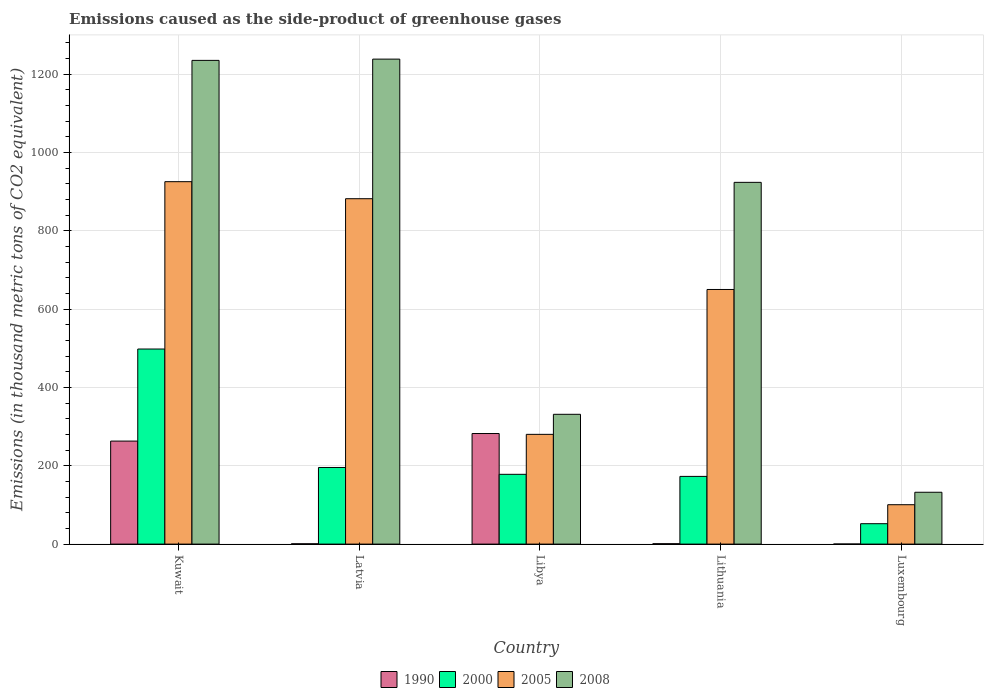
| Country | 1990 | 2000 | 2005 | 2008 |
 | --- | --- | --- | --- | --- |
 | Kuwait | 263 | 498 | 926 | 1.24e+03 |
 | Latvia | 0.8 | 196 | 882 | 1.24e+03 |
 | Libya | 282 | 178 | 280 | 332 |
 | Lithuania | 1 | 173 | 650 | 924 |
 | Luxembourg | 0.2 | 52.1 | 101 | 132 |